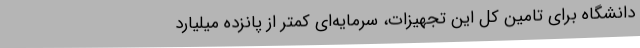
دانشگاه برای تامین کل این تجهیزات، سرمایه‌ای کمتر از پانزده میلیارد